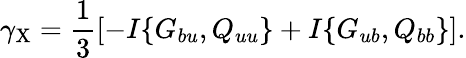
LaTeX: \gamma_{\mathrm{{X}}}=\frac{1}{3}\left[{-I\{ {G_{bu},Q_{uu}}\} +I\{ {G_{ub},Q_{bb}}\} }\right].